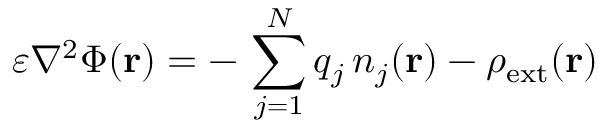
\varepsilon \nabla ^ { 2 } \Phi ( \mathbf { r } ) = - \, \sum _ { j = 1 } ^ { N } q _ { j } \, n _ { j } ( \mathbf { r } ) - \rho _ { \mathrm { { e x t } } } ( \mathbf { r } )